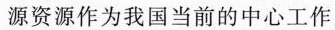
源资源作为我国当前的中心工作